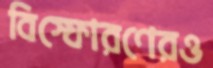
বিস্ফোরণেরও